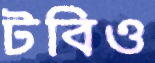
টবিও